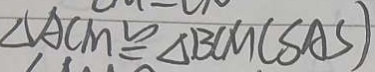
\Delta A C M \cong \Delta B C M ( S A S )